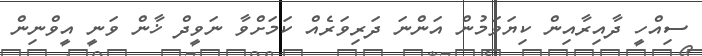
ސިއްހީ ދާއިރާއިން ކިޔަވަމުން އަންނަ ދަރިވަރެއް ކަމަށްވާ ނަވީދް ޚާން ވަނީ އީވްނިން